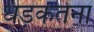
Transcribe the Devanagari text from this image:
धड़कतेना